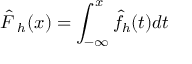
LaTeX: { \hat { F \, } } _ { h } ( x ) = \int _ { - \infty } ^ { x } { \hat { f } } _ { h } ( t ) d t